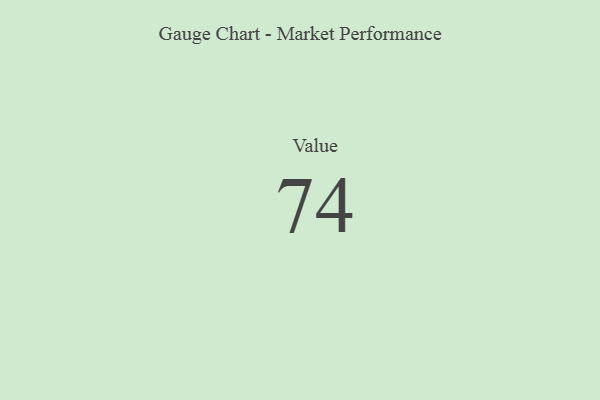
{"axis": {"x": "Metric", "y": "Value"}, "legend": [""], "data": [{"x": "Value", "y": 74, "type": ""}]}